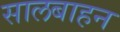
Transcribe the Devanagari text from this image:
सालबाहन